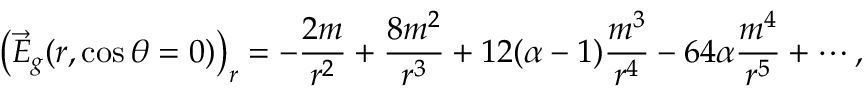
\left( \vec { E } _ { g } ( r , \cos \theta = 0 ) \right) _ { r } = - \frac { 2 m } { r ^ { 2 } } + \frac { 8 m ^ { 2 } } { r ^ { 3 } } + 1 2 ( \alpha - 1 ) \frac { m ^ { 3 } } { r ^ { 4 } } - 6 4 \alpha \frac { m ^ { 4 } } { r ^ { 5 } } + \cdots ,